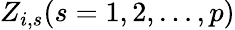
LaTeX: Z_{i,s}(s=1,2,\ldots,p)